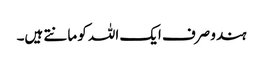
ہندو صرف ایک اللہ کو مانتے ہیں۔